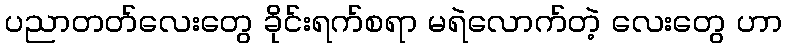
ပညာတတ်လေးတွေ ခိုင်းရက်စရာ မရဲလောက်တဲ့ လေးတွေ ဟာ